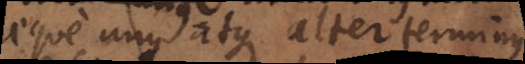
aeque unus atque alter terminus